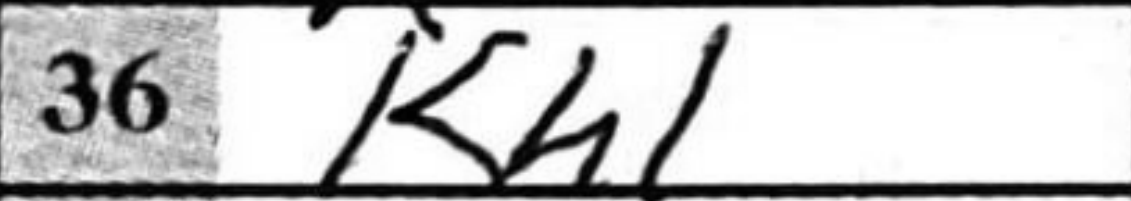
Transcription: Kh1